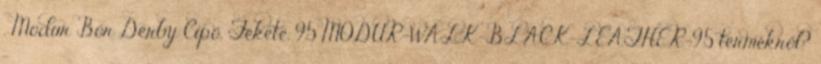
, Modur Bőr Derby Cipő, Fekete, 9.5 MODUR-WALK-BLACK-LEATHER-9.5 termékről?